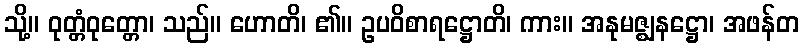
သို့။ ဝုတ္တံဝုတ္တော၊ သည်။ ဟောတိ၊ ၏။ ဥပဝိစာရဋ္ဌောတိ၊ ကား။ အနုမဇ္ဈနဋ္ဌော၊ အဖန်တ